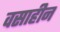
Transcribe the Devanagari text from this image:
वसाहीन